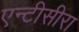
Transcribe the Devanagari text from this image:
एन्टीसीरा